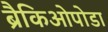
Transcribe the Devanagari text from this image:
ब्रैकिओपोडा